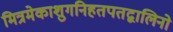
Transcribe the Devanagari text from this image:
मित्रमेकाशुगनिहतपतद्वालिनो